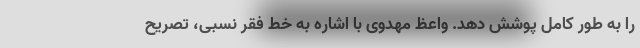
را به طور کامل پوشش دهد. واعظ مهدوی با اشاره به خط فقر نسبی، تصریح